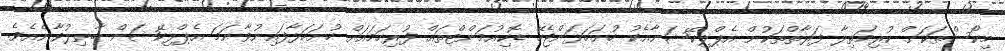
މިކޯސްތަކަށް ކުރިމަތިލާ ފަރާތްތަކުން އެޕްލިކޭޝަނާއެކު ހުށަހަޅަންޖެހޭ ޑޮކިއުމަންޓްތައް ފުރިހަމައަށް ހުށަހަޅާފައިނުވާނަމަ އެޕްލިކޭޝަން ބާޠިލުވާނެއެވެ.